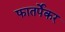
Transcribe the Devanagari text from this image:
फातर्पेकर